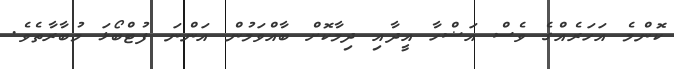
ކޮންމެ އަހަރެއްގެ ވެސް އަޟްހާ އީދާއި ދިމާކޮށް ބާއްވަމުން އަަންނަ ފުޓްބޯޅަ މުބާރާތެވެ.